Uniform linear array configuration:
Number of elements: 24
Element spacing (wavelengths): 0.75
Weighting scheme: uniform
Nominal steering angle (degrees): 45
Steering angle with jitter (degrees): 44.888
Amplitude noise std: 0.05
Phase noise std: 0.05

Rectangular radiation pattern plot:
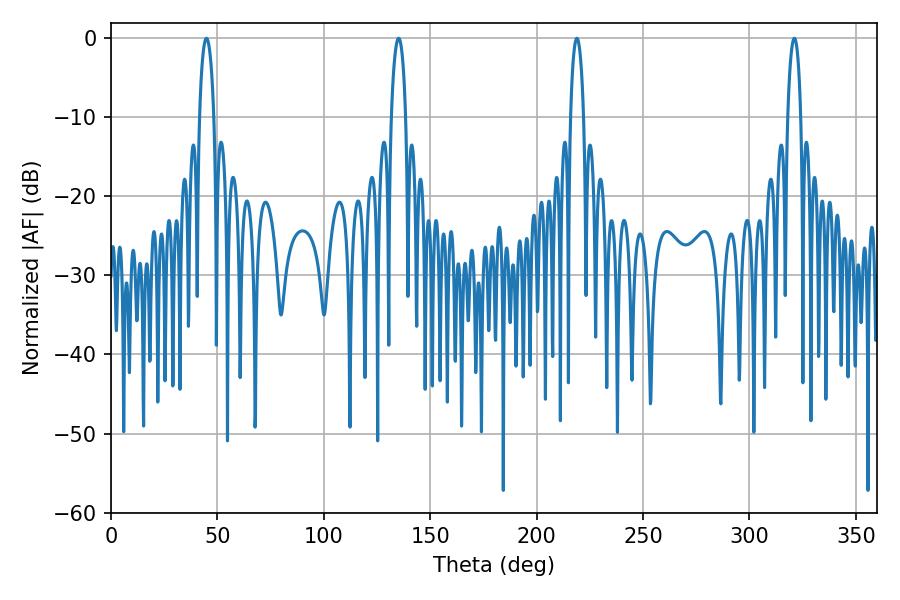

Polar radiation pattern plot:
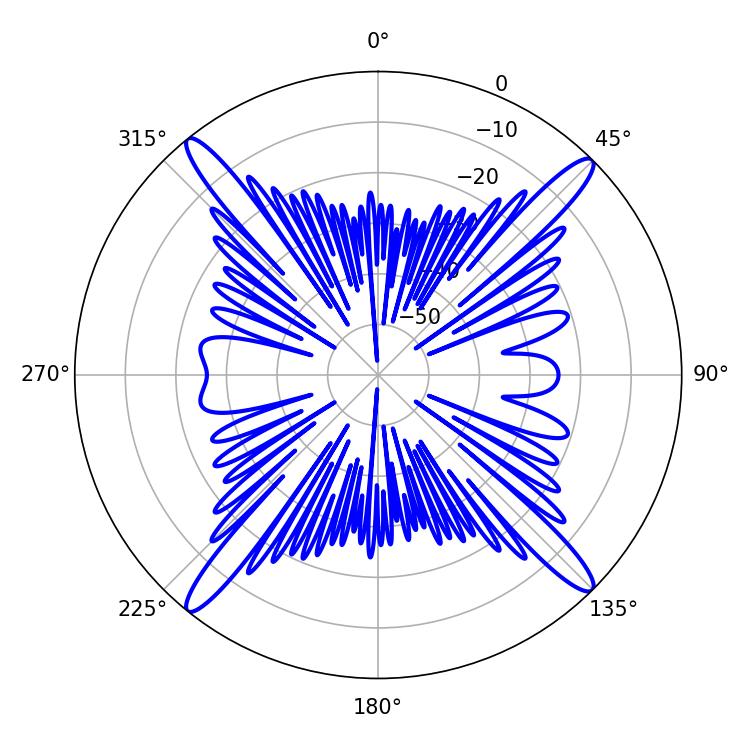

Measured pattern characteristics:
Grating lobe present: TRUE
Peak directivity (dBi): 19.756
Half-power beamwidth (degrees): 3.42
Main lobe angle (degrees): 218.88